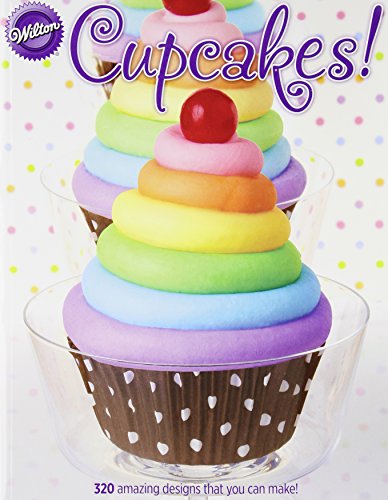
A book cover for Wilton 902-1041 Cupcakes; Cookbooks, Food & Wine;